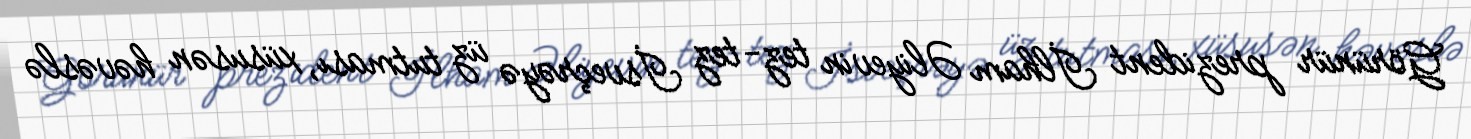
Görünür prezident İlham Əliyevin tez-tez İsveçrəyə üz tutması, xüsusən həvəslə